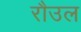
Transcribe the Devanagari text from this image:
रौउल